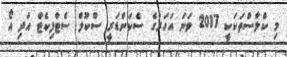
މި ކްލާސްތަކަކީ 2017 ވަނަ އަހަރުގެ ސެކަންޑަރީ ސްކޫލް ސެޓްފިކެޓް އަދި އޯ